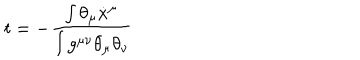
LaTeX: t = - \frac { \int \theta _ { \mu } \dot { x } ^ { \mu } } { \int g ^ { \mu \nu } \theta _ { \mu } \theta _ { \nu } }